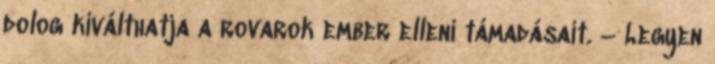
dolog kiválthatja a rovarok ember elleni támadásait. – Legyen